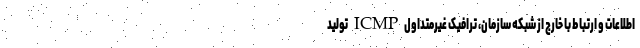
اطلاعات و ارتباط با خارج از شبکه سازمان، ترافیک غیرمتداول ICMP تولید